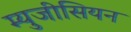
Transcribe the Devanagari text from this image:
म्युजीसियन